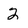
Character: 2